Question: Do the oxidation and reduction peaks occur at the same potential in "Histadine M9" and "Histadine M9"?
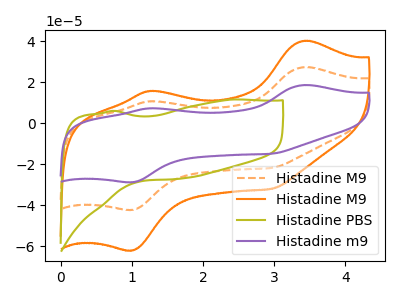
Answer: <think>The orange dashed curve "Histadine M9" has anodic peaks at (3.45V, 27.45uA) (1.25V, 10.80uA) and cathodic peaks at (1.00V, -42.25uA) (2.95V, -21.80uA). The orange curve "Histadine M9" has anodic peaks at (3.45V, 40.30uA) (1.25V, 15.85uA) and cathodic peaks at (1.00V, -62.05uA) (2.95V, -32.00uA). The olive curve "Histadine PBS" has no peaks. The purple curve "Histadine m9" has anodic peaks at (3.45V, 54.90uA) (1.25V, 21.55uA) and cathodic peaks at (1.00V, -84.50uA) (2.95V, -43.55uA).</think>
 <answer>Yes, "Histadine M9" have a peak in "Histadine M9" at the same potential.</answer>
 <eval>match</eval>